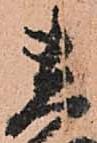
貴